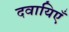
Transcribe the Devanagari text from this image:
दवायिएँ